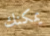
يمكنك